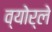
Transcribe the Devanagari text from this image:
व्योर्ले